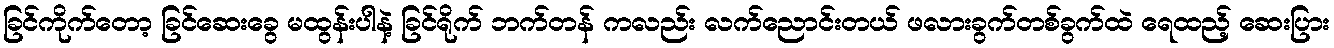
ခြင်ကိုက်တော့ ခြင်ဆေးခွေ မထွန်းပါနဲ့ ခြင်ရိုက် ဘက်တန် ကလည်း လက်ညောင်းတယ် ဖလားခွက်တစ်ခွက်ထဲ ရေထည့် ဆေးပြား